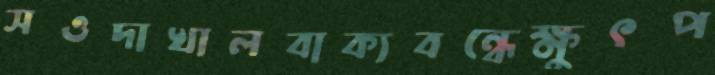
সওদাখালবাক্যবন্ধেক্ষুৎপ